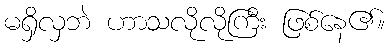
မရှိလှဘဲ ဟာသလိုလိုကြီး ဖြစ်နေ၏။